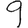
Digit: 9